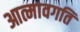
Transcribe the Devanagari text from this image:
आत्मावगति